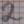
Text: 2